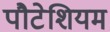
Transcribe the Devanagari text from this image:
पौटेशियम